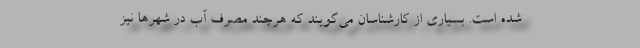
شده است. بسیاری از کارشناسان می‌گویند که هرچند مصرف آب در شهرها نیز